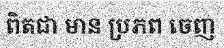
ពិតជា មាន ប្រភព ចេញ